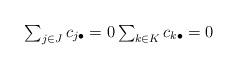
LaTeX: \begin{align*}\textstyle\sum_{j \in J} c_{j\bullet} = 0\textstyle\sum_{k \in K} c_{k\bullet} = 0\end{align*}